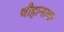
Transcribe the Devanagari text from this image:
चौहानाचा